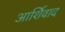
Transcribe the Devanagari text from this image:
आर्शिवाद